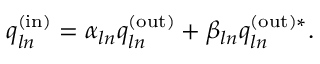
q _ { l n } ^ { \mathrm { ( i n ) } } = \alpha _ { l n } q _ { l n } ^ { \mathrm { ( o u t ) } } + \beta _ { l n } q _ { l n } ^ { \mathrm { ( o u t ) } * } .